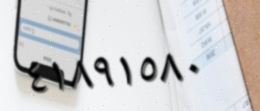
٤١٨٩١٥٨٠